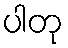
ပါတု